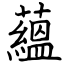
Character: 蘊